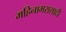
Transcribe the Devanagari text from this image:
महिनाभरासाठी